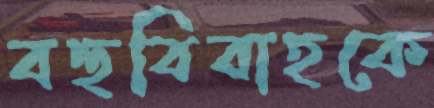
বহুবিবাহকে